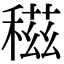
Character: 稵